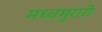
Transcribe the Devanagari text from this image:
मध्वमुरारी